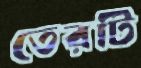
তেরটি